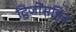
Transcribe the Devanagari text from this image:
द्विजोंसहित